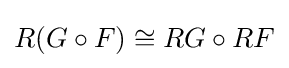
R(G\circ F)\cong RG\circ RF